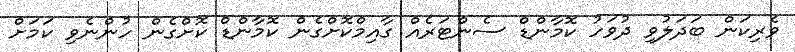
ވެރިކަން ބަދަލުވި ދުވަހު ކޮމާންޑް ސެންޓަރެއް ގާއިމްކޮށްގެން ކޮމާންޑް ކޮށްގެން ހުންނެވި ކަމަށް